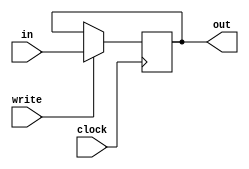
`define WORD_SIZE 16

module Register (
    input[`WORD_SIZE-1:0] in,
    input write,
    input clock,
    output reg [`WORD_SIZE-1:0] out
);  

    always @( posedge clock ) begin
        if( write ) out <= in;
        else        out <= out;
    end
    
endmodule